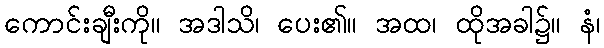
ကောင်းချီးကို။ အဒါသိ၊ ပေး၏။ အထ၊ ထိုအခါ၌။ နံ၊